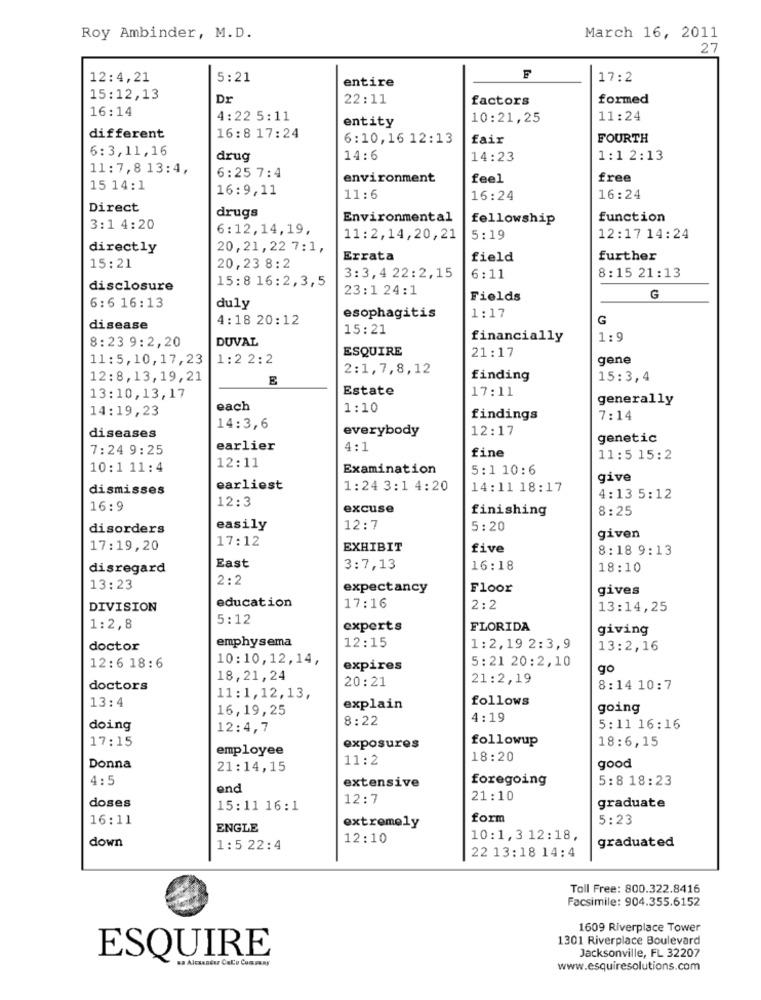
Roy Ambinder, M.D.
March 16, 2011
27
12:4,21
5:21
entire
F
17:2
15:12,13
Dr
22:11
factors
formed
16:14
4:22 5:11
entity
10:21,25
11:24
different
16:8 17:24
6:10, 16 12:13
fair
FOURTH
6:3,11,16
drug
14:6
14:23
1:1 2:13
11: 7,8 13:4,
6:25 7:4
environment
feel
free
15 14:1
16:9,11
11:6
16:24
16:24
Direct
drugs
Environmental
fellowship
function
3:1 4:20
6:12,14,19,
11:2,14,20,21
5:19
12:17 14:24
directly
20,21,22 7:1,
Errata
field
further
15:21
20,23 8:2
3:3,4 22:2,15
6:11
8:15 21:13
disclosure
15:8 16:2,3,5
23:1 24:1
Fields
G
6: 6 16:13
duly
1:17
4:18 20:12
esophagitis
G
disease
15:21
8:23 9:2,20
DUVAL
financially
1:9
ESQUIRE
11:5,10,17,23
1:2 2:2
21:17
gene
2:1,7,8,12
12:8,13, 19, 21
E
finding
15:3,4
Estate
17:11
13:10,13,17
generally
14:19,23
each
1:10
findings
7:14
diseases
14:3,6
everybody
12:17
genetic
7:24 9:25
earlier
4 ::
fine
12:11
11:5 15:2
10:1 11:4
Examination
5:1 10:6
give
dismisses
earliest
1:24 3:1 4:20
14:11 18:17
12:3
4:13 5:12
16:9
excuse
finishing
8:25
disorders
easily
12:7
5:20
given
17:12
17:19,20
EXHIBIT
five
8:18 9:13
East
disregard
3:7,13
16:18
18:10
2:2
13:23
expectancy
Floor
gives
education
17:16
DIVISION
2:2
13:14,25
5:12
1:2,8
experts
FLORIDA
giving
emphysema
doctor
12:15
1:2,19 2:3,9
13:2,16
10:10,12,14,
5:21 20:2,10
12:6 18:6
expires
go
18,21,24
20:21
21:2,19
doctors
8:14 10:7
13:4
11:1,12,13,
follows
16,19,25
explain
going
8:22
4:19
doing
12:4,7
5:11 16:16
17:15
followup
employee
exposures
18:6,15
11:2
18:20
Donna
21:14,15
good
4:5
foregoing
5:8 18:23
end
extensive
doses
12:7
21:10
15:11 16:1
graduate
16:11
form
5:23
ENGLE
extremely
down
12:10
10:1,3 12:18,
graduated
1:5 22:4
22 13:18 14:4
Toll Free: 800.322.8416
Facsimile: 904.355.6152
1609 Riverplace Tower
1301 Riverplace Boulevard
Jacksonville, FL 32207
ESQUIRE
www.esquiresolutions.com